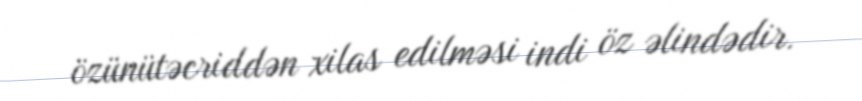
özünütəcriddən xilas edilməsi indi öz əlindədir.